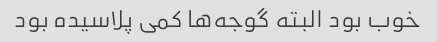
خوب بود البته گوجه‌ها کمی پلاسیده بود